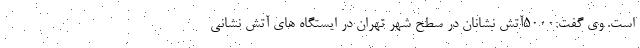
است. وی گفت:۵۰۰۰آتش نشانان در سطح شهر تهران در ایستگاه های آتش نشانی